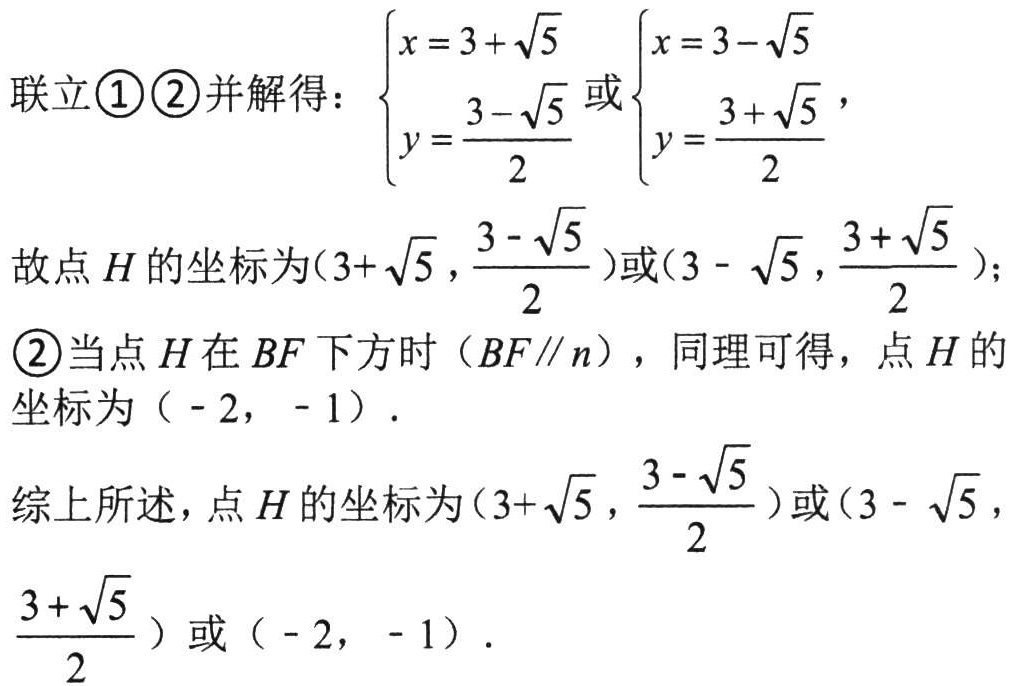
联立\textcircled{1}\textcircled{2}并解得：\(\begin{cases}x = 3+\sqrt{5}\\y=\frac{3 - \sqrt{5}}{2}\end{cases}\)或\(\begin{cases}x = 3-\sqrt{5}\\y=\frac{3 + \sqrt{5}}{2}\end{cases}\)，
故点\(H\)的坐标为\((3+\sqrt{5},\frac{3 - \sqrt{5}}{2})\)或\((3 - \sqrt{5},\frac{3 + \sqrt{5}}{2})\)；
\textcircled{2}当点\(H\)在\(BF\)下方时（\(BF\parallel n\)），同理可得，点\(H\)的坐标为\(( - 2, - 1)\)．
综上所述，点\(H\)的坐标为\((3+\sqrt{5},\frac{3 - \sqrt{5}}{2})\)或\((3 - \sqrt{5},\frac{3 + \sqrt{5}}{2})\)或\(( - 2, - 1)\)．